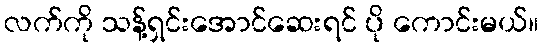
လက်ကို သန့်ရှင်းအောင်ဆေးရင် ပို ကောင်းမယ်။